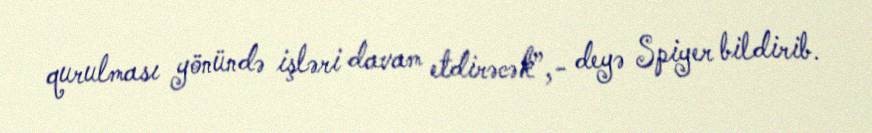
qurulması yönündə işləri davam etdirəcək”,- deyə Spiyer bildirib.